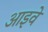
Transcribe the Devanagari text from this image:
आइवे